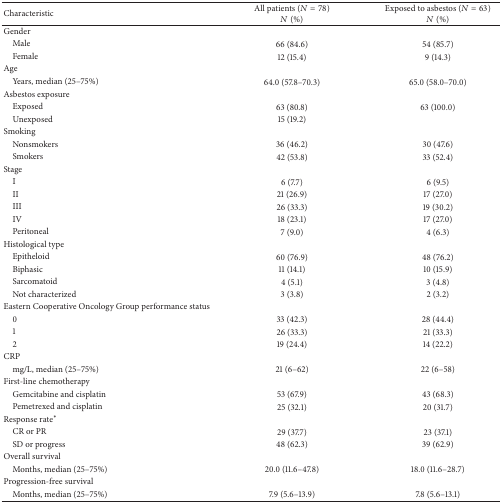
| Characteristic | All patients (N = 78)N (%) | Exposed to asbestos (N = 63)N (%) |
 | --- | --- | --- |
 | Gender |  |  |
 | Male | 66 (84.6) | 54 (85.7) |
 | Female | 12 (15.4) | 9 (14.3) |
 | Age |  |  |
 | Years, median (25–75%) | 64.0 (57.8–70.3) | 65.0 (58.0–70.0) |
 | Asbestos exposure |  |  |
 | Exposed | 63 (80.8) | 63 (100.0) |
 | Unexposed | 15 (19.2) |  |
 | Smoking |  |  |
 | Nonsmokers | 36 (46.2) | 30 (47.6) |
 | Smokers | 42 (53.8) | 33 (52.4) |
 | Stage |  |  |
 | I | 6 (7.7) | 6 (9.5) |
 | II | 21 (26.9) | 17 (27.0) |
 | III | 26 (33.3) | 19 (30.2) |
 | IV | 18 (23.1) | 17 (27.0) |
 | Peritoneal | 7 (9.0) | 4 (6.3) |
 | Histological type |  |  |
 | Epitheloid | 60 (76.9) | 48 (76.2) |
 | Biphasic | 11 (14.1) | 10 (15.9) |
 | Sarcomatoid | 4 (5.1) | 3 (4.8) |
 | Not characterized | 3 (3.8) | 2 (3.2) |
 | Eastern Cooperative Oncology Group performance status |  |  |
 | 0 | 33 (42.3) | 28 (44.4) |
 | 1 | 26 (33.3) | 21 (33.3) |
 | 2 | 19 (24.4) | 14 (22.2) |
 | CRP |  |  |
 | mg/L, median (25–75%) | 21 (6–62) | 22 (6–58) |
 | First-line chemotherapy |  |  |
 | Gemcitabine and cisplatin | 53 (67.9) | 43 (68.3) |
 | Pemetrexed and cisplatin | 25 (32.1) | 20 (31.7) |
 | Response rate∗ |  |  |
 | CR or PR | 29 (37.7) | 23 (37.1) |
 | SD or progress | 48 (62.3) | 39 (62.9) |
 | Overall survival |  |  |
 | Months, median (25–75%) | 20.0 (11.6–47.8) | 18.0 (11.6–28.7) |
 | Progression-free survival |  |  |
 | Months, median (25–75%) | 7.9 (5.6–13.9) | 7.8 (5.6–13.1) |